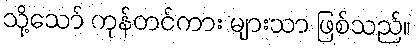
သို့သော် ကုန်တင်ကား များသာ ဖြစ်သည်။